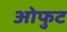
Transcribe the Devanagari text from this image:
ओफुट